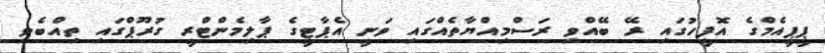
ޕީޕީއެމްގެ އޮފީހުގައި ރޭ ބޭއްވި ރަސްމިއްޔާތެއްގައި ވަނީ އެޕާޓީގެ ޕާލިމެންޓްރީ ގުރޫޕްގައި ތިއްބެވި